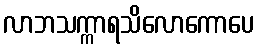
လာဘသက္ကာရသိလောကောပေ